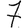
Digit: 7